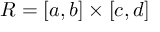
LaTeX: R = [ a , b ] \times [ c , d ]